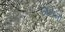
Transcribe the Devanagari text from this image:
जनमो